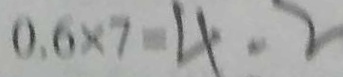
0 . 6 \times 7 = 4 . 2